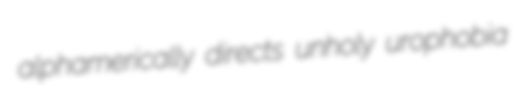
alphamerically directs unholy urophobia